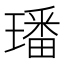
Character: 璠